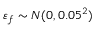
\varepsilon _ { f } \sim N ( 0 , 0 . 0 5 ^ { 2 } )